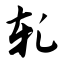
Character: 轧